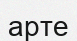
арте